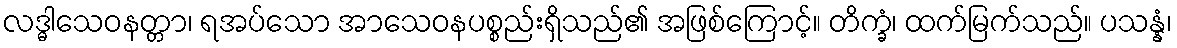
လဒ္ဓါသေဝနတ္တာ၊ ရအပ်သော အာသေဝနပစ္စည်းရှိသည်၏ အဖြစ်ကြောင့်။ တိက္ခံ၊ ထက်မြက်သည်။ ပသန္နံ၊